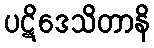
ပဋိဒေသိတာနိ